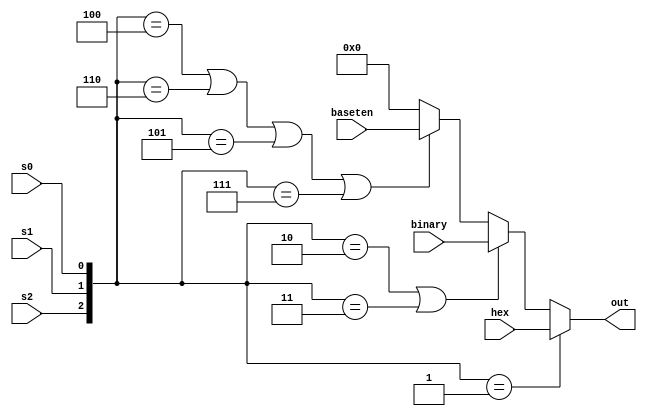
module mux(s0, s1, s2, hex, binary, baseten, out);
	input s0, s1, s2;
	input [3:0] hex, binary, baseten;
	output reg [3:0] out;
	wire [2:0] sel;
	
	assign sel = {s2, s1, s0};
	
	always @(*)begin
		if(sel == 3'b001)begin
			out = hex;
		end
		else if(sel == 3'b010 || sel == 3'b011)begin
			out = binary;
		end
		else if (sel == 3'b100 || sel == 3'b110 || sel == 3'b101 || sel == 3'b111)begin
			out = baseten;
		end
		else begin
			out = 4'b0000;
		end
	end
endmodule